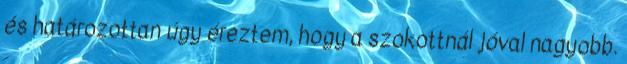
és határozottan úgy éreztem, hogy a szokottnál jóval nagyobb.